Report of the Municipal Commissioner on the plague in Bombay for the year ending 31st May... - Volume 3
Disease focus: Plague
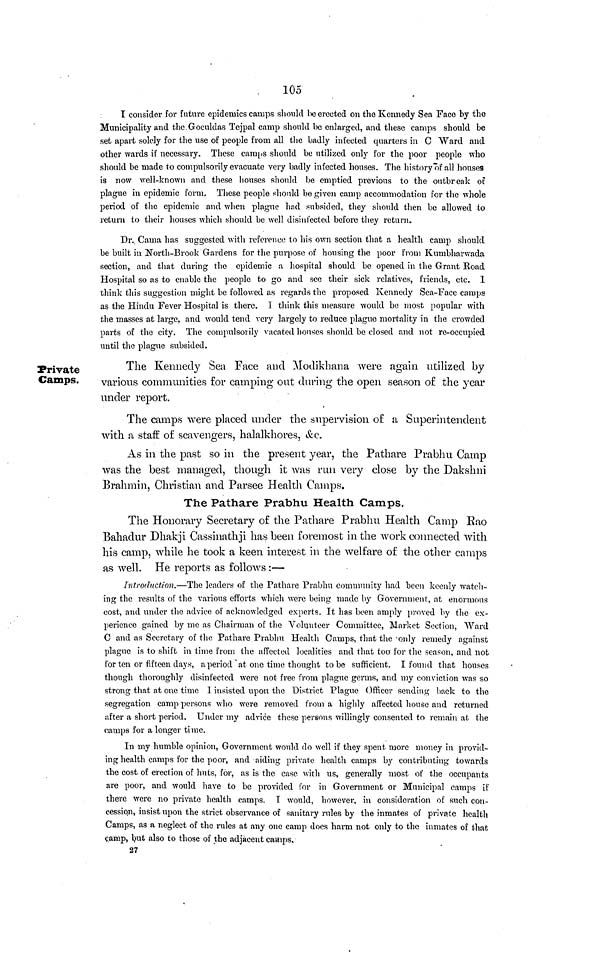
105
I consider for future epidemics camps should be erected on the Kennedy Sea Face by the
Municipality and the Goculdas Tejpal camp should be enlarged, and these camps should be
set apart solely for the use of people from all the badly infected quarters in C Ward and
other wards if necessary. These camps should be utilized only for the poor people who
should be made to compulsorily evacuate very badly infected houses. The history of all houses
is now well-known and these houses should be emptied previous to the outbreak of
plague in epidemic form. These people should be given camp accommodation for the whole
period of the epidemic and when plague had subsided, they should then be allowed to
return to their houses which should be well disinfected before they return.
Dr. Cama has suggested with reference to his own section that a health camp should
be built in North-Brook Gardens for the purpose of housing the poor from Kumbharwada
section, and that during the epidemic a hospital should be opened in the Grant Road
Hospital so as to enable the people to go and see their sick relatives, friends, etc. I
think this suggestion might be followed as regards the proposed Kennedy Sea-Face camps
as the Hindu Fever Hospital is there. 1 think this measure would be most popular with
the masses at large, and would tend very largely to reduce plague mortality in the crowded
parts of the city. The compulsorily vacated houses should be closed and not re-occupied
until the plague subsided.
Private
Camps.
The Kennedy Sea Face and Modikhana were again utilized by
various communities for camping out during the open season of the year
under report.
The camps were placed under the supervision of a Superintendent
with a staff of scavengers, halalkhores, &c.
As in the past so in the present year, the Pathare Prabhu Camp
was the best managed, though it was run very close by the Dakshni
Brahmin, Christian and Parsee Health Camps.
The Pathare Prabhu Health Camps.
The Honorary Secretary of the Pathare Prabhu Health Camp Rao
Bahadur Dhakji Cassinathji has been foremost in the work connected with
his camp, while he took a keen interest in the welfare of the other camps
as well. He reports as follows :—
Introduction.—The leaders of the Pathare Prabhu community had been keenly watch-
ing the results of the various efforts which were being made by Government, at enormous
cost, and under the advice of acknowledged experts. It has been amply proved by the ex-
perience gained by me as Chairman of the Volunteer Committee, Market Section, Ward
C and as Secretary of the Pathare Prabhu Health Camps, that the 'only remedy against
plague is to shift in time from the affected localities and that too for the season, and not
for ten or fifteen days, a period at one time thought to be sufficient. I found that houses
though thoroughly disinfected were not free from plague germs, and my conviction was so
strong that at one time I insisted upon the District Plague Officer sending back to the
segregation camp persons who were removed from a highly affected house and returned
after a short period. Under my advice these persons willingly consented to remain at the
camps for a longer time.
In my humble opinion, Government would do well if they spent more money in provid-
ing health camps for the poor, and aiding private health camps by contributing towards
the cost of erection of huts, for, as is the case with us, generally most of the occupants
are poor, and would have to be provided for in Government or Municipal camps if
there were no private health camps. I would, however, in consideration of such con-
cession, insist upon the strict observance of sanitary rules by the inmates of private health
Camps, as a neglect of the rules at any one camp does harm not only to the inmates of that
camp, but also to those of the adjacent camps.
27